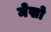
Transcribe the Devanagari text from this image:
मेखो